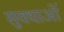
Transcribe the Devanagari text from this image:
सुवधाओं